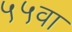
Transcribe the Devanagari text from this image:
५५वा